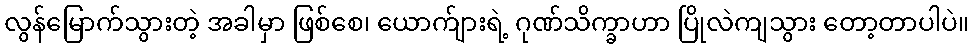
လွန်မြောက်သွားတဲ့ အခါမှာ ဖြစ်စေ၊ ယောက်ျားရဲ့ ဂုဏ်သိက္ခာဟာ ပြိုလဲကျသွား တော့တာပါပဲ။